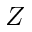
Z